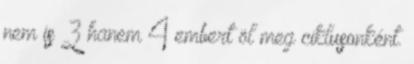
nem is 3 hanem 4 embert öl meg ciklusonként.